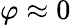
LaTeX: \varphi\approx 0